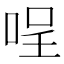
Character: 𠴔